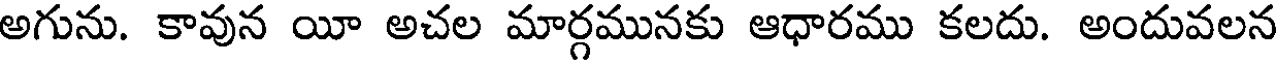
అగును. కావున యీ అచల మార్గమునకు ఆధారము కలదు. అందువలన